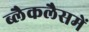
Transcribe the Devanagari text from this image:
ब्लैकलैसमें